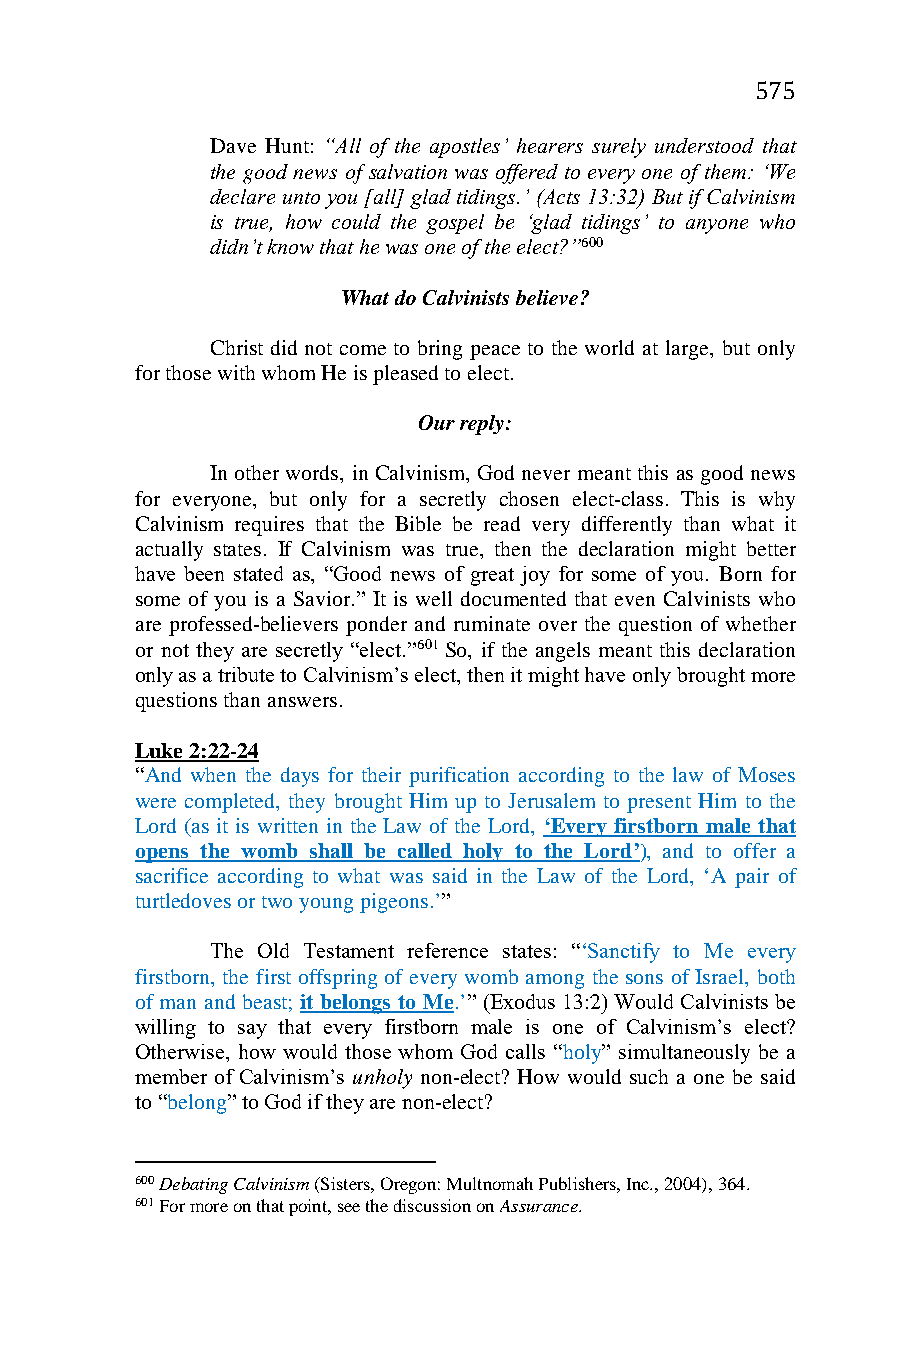
575
 Dave Hunt: “All of the apostles’ hearers surely understood that
 the good news of salvation was offered to every one of them: ‘We
 declare unto you [all] glad tidings.’ (Acts 13:32) But if Calvinism
 is true, how could the gospel be ‘glad tidings’ to anyone who
 didn’t know that he was one of the elect?”600
 What do Calvinists believe?
 Christ did not come to bring peace to the world at large, but only
 for those with whom He is pleased to elect.
 Our reply:
 In other words, in Calvinism, God never meant this as good news
 for everyone, but only for a secretly chosen elect-class. This is why
 Calvinism requires that the Bible be read very differently than what it
 actually states. If Calvinism was true, then the declaration might better
 have been stated as, “Good news of great joy for some of you. Born for
 some of you is a Savior.” It is well documented that even Calvinists who
 are professed-believers ponder and ruminate over the question of whether
 or not they are secretly “elect.”601 So, if the angels meant this declaration
 only as a tribute to Calvinism’s elect, then it might have only brought more
 questions than answers.
 Luke 2:22-24
 “And when the days for their purification according to the law of Moses
 were completed, they brought Him up to Jerusalem to present Him to the
 Lord (as it is written in the Law of the Lord, ‘Every firstborn male that
 opens the womb shall be called holy to the Lord’), and to offer a
 sacrifice according to what was said in the Law of the Lord, ‘A pair of
 turtledoves or two young pigeons.’”
 The Old Testament reference states: “‘Sanctify to Me every
 firstborn, the first offspring of every womb among the sons of Israel, both
 of man and beast; it belongs to Me.’” (Exodus 13:2) Would Calvinists be
 willing to say that every firstborn male is one of Calvinism’s elect?
 Otherwise, how would those whom God calls “holy” simultaneously be a
 member of Calvinism’s unholy non-elect? How would such a one be said
 to “belong” to God if they are non-elect?
 600 Debating Calvinism (Sisters, Oregon: Multnomah Publishers, Inc., 2004), 364.
 601 For more on that point, see the discussion on Assurance.